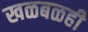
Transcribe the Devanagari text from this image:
खळबळही